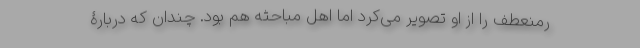
ر‌منعطف را از او تصویر می‌کرد اما اهل مباحثه هم بود. چندان که دربارۀ